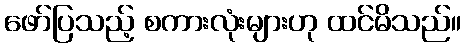
ဖော်ပြသည့် စကားလုံးများဟု ထင်မိသည်။